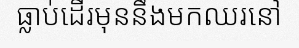
ធ្លាប់ដើរមុននឹងមកឈរនៅ